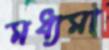
মধ্যমা